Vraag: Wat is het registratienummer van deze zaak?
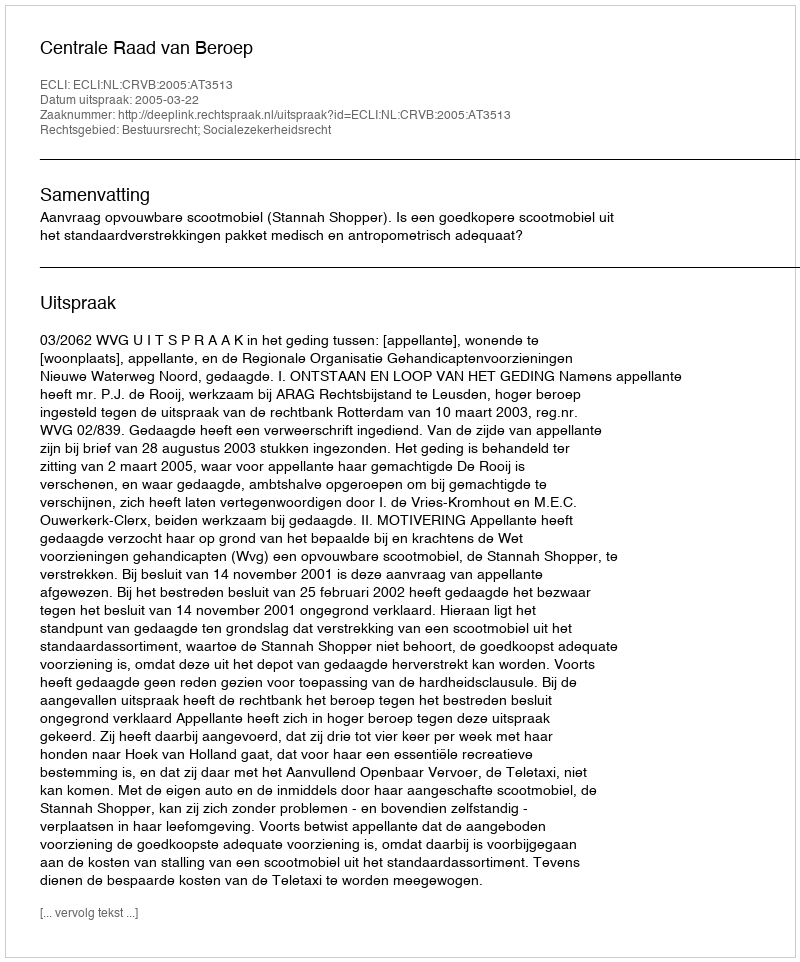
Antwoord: http://deeplink.rechtspraak.nl/uitspraak?id=ECLI:NL:CRVB:2005:AT3513